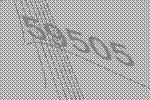
59505